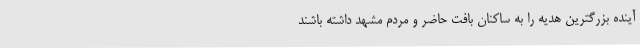
آینده بزرگترین هدیه را به ساکنان بافت حاضر و مردم مشهد داشته باشند